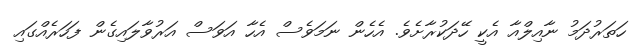
ހަތަރުދަމު ނާއިލްއާ އެކީ ހޭދަކުރާށެވެ. އެހެން ނަމަވެސް އެހާ އަވަސް އަރުވާލައިގެން ފަހަރެއްގައި